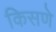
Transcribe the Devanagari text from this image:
किसणे